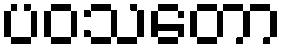
ပဝသတော